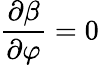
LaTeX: \displaystyle\frac{\partial\beta}{\partial\varphi}=0